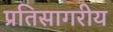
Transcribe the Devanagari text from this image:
प्रतिसागरीय